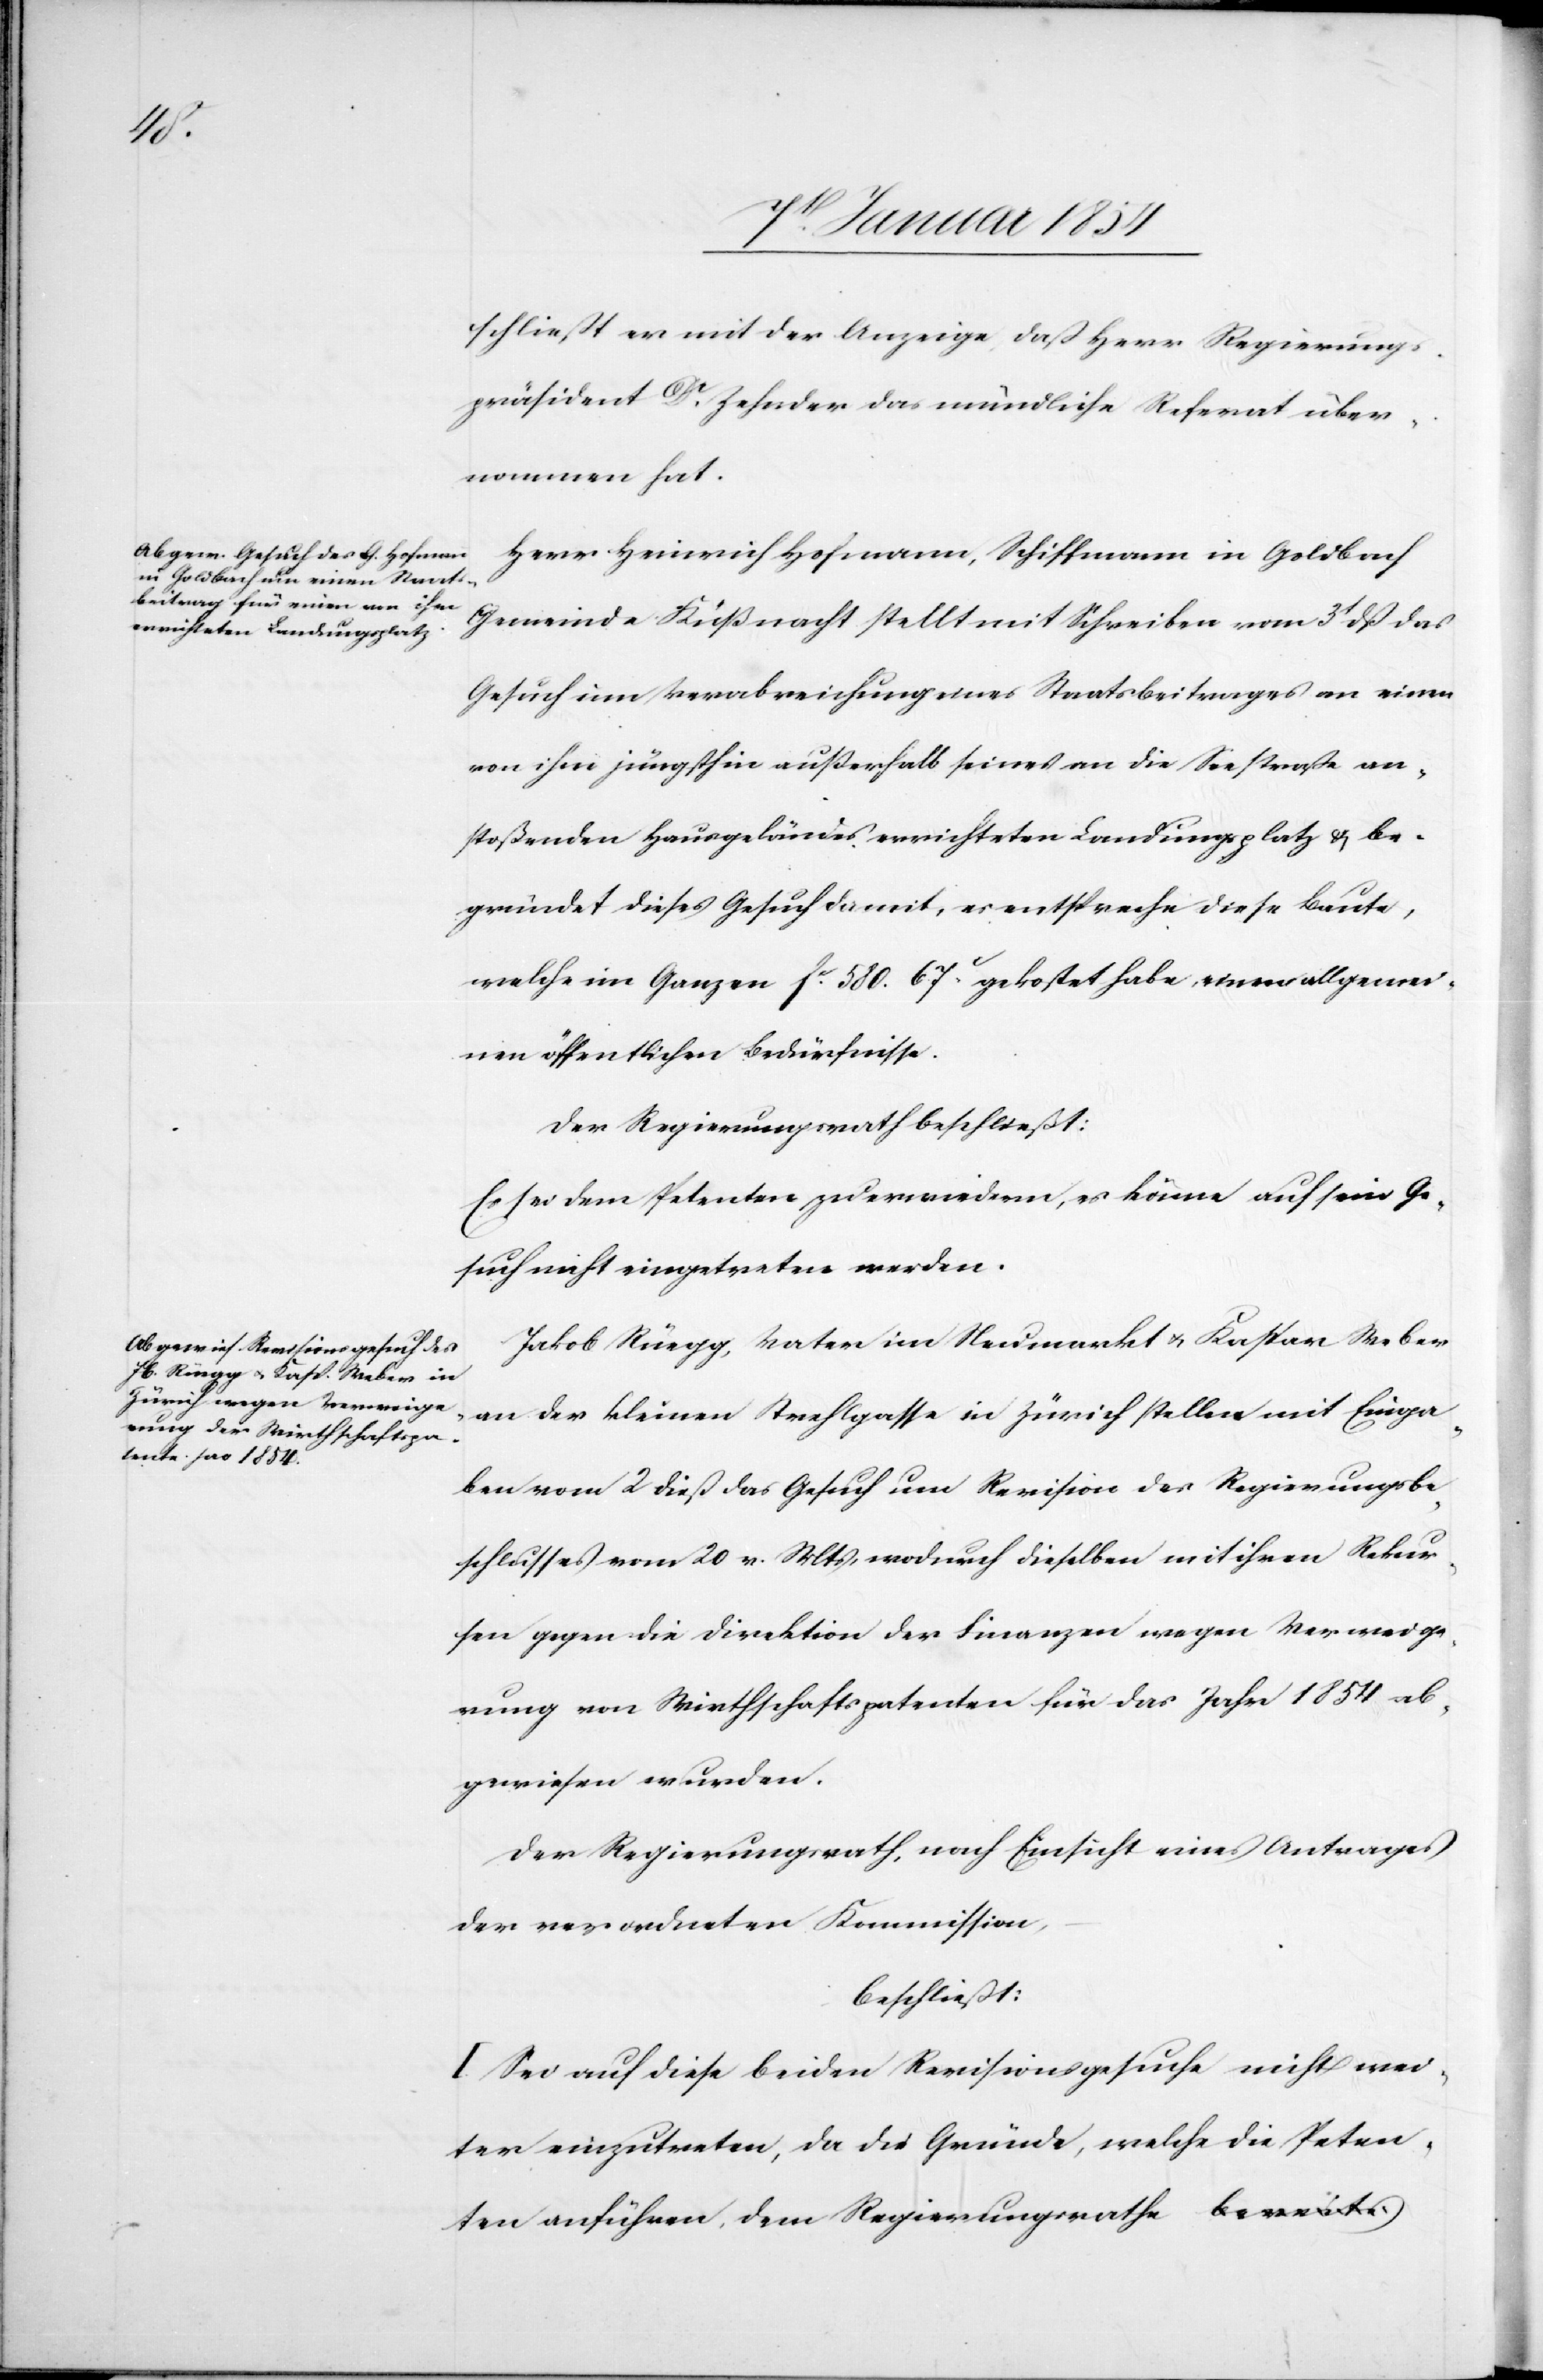
schließt er mit der Anzeige, daß Herr Regierung¬
spräsident Dr. Zehnder das mündliche Referat über¬
nommen hat.
Herr Heinrich Hofmann [sic!], Schiffmann in Goldbach
Gemeinde Küßnacht stellt mit Schreiben vom 3t dß das
Gesuch um Verabreichung eines Staatsbeitrages an einen
von ihm jüngsthin außerhalb seines an die Seestraße an¬
stoßenden Hausgeländes errichteten Landungsplatz &, be¬
gründet dieses Gesuch damit, es entspreche diese Baute,
welche im Ganzen [fc.] 580. 67.c gekostet habe, einem allgemei¬
nen öffentlichen Bedürfnisse.
Der Regierungsrath beschließt:
Es sei dem Petenten zu erwiedern, es könne auf sein Ge¬
such nicht eingetreten werden.
Jakob Rüegg, Vater im Neumarkt u. Kaspar Weber
an der kleinen Strehlgasse in Zürich stellen mit Einga¬
ben vom 2 dieß das Gesuch um Revision des Regierungsbe¬
schlusses vom 20 v. Mts, wodurch dieselben mit ihren Rekur¬
sen gegen die Direktion der Finanzen wegen Verweige¬
rung von Wirthschaftspatenten für das Jahr 1854 ab¬
gewiesen wurden.
Der Regierungsrath, nach Einsicht eines Antrages
der verordneten Kommission,
beschließt:
I. Sei auf diese beiden Revisionsgesuche nicht wei¬
ter einzutreten, da die Gründe, welche die Petenten